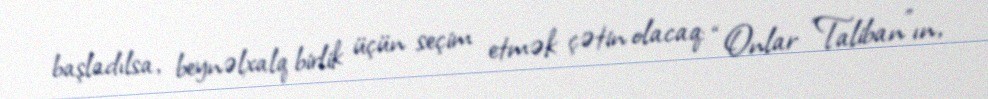
başladılsa, beynəlxalq birlik üçün seçim etmək çətin olacaq: “Onlar ”Taliban"ın,